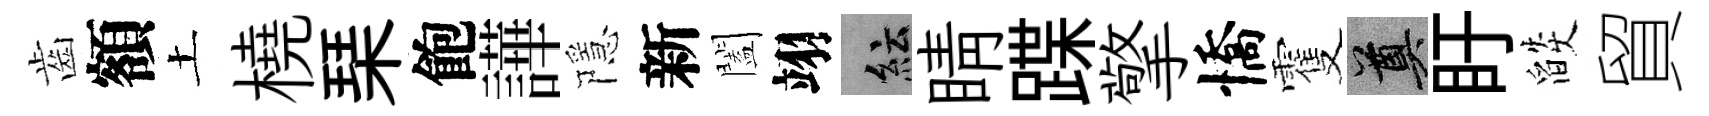
齒額土橈琹飽譁隱新闔翊紜睛蹀擎憍䨥奠盱燄貿